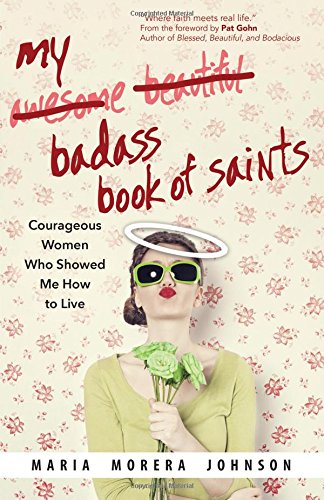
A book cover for My Badass Book of Saints: Courageous Women Who Showed Me How to Live; Maria Morera Johnson; Christian Books & Bibles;